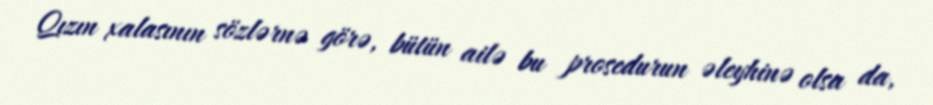
Qızın xalasının sözlərnə görə, bütün ailə bu prosedurun əleyhinə olsa da,